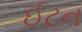
ઈટન